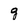
Character: g